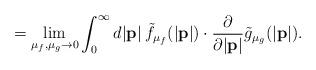
LaTeX: \begin{align*}\:\:\:\:\:\:\:\:\:\:\:\:\:\:\:\:\:\:=\lim_{\mu_{f},\mu_{g} \to 0}\int_{0}^{\infty}d|{\bf p}|\:{\tilde f}_{{\mu}_{f}}(|{\bf p}|)\cdot\frac{\partial}{\partial |{\bf p}|}{\tilde g}_{{\mu}_{g}}(|{\bf p}|).\end{align*}